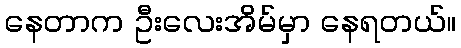
နေတာက ဦးလေးအိမ်မှာ နေရတယ်။